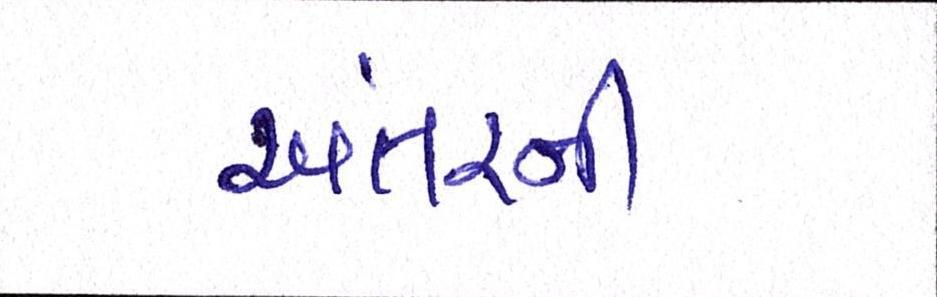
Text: અંતરની